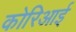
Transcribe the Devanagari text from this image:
कोरिआई